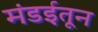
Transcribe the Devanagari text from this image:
मंडईतून